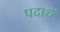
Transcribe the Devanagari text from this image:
पदाथॅ